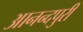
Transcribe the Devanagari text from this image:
आनन्दपुरी